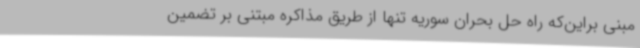
مبنی‌ براین‌که راه حل بحران سوریه تنها از طریق مذاکره مبتنی بر تضمین